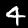
Digit: 4